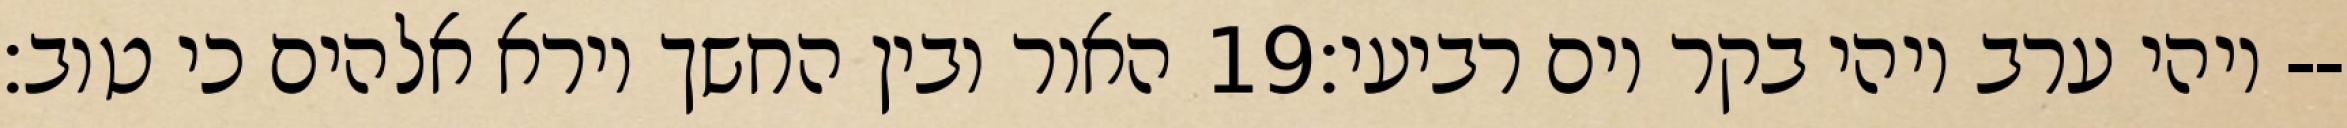
האור ובין החשך וירא אלהים כי טוב׃ ‎19‏ ויהי ערב ויהי בקר יום רביעי׃--